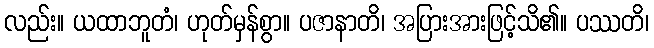
လည်း။ ယထာဘူတံ၊ ဟုတ်မှန်စွာ။ ပဇာနာတိ၊ အပြားအားဖြင့်သိ၏။ ပဿတိ၊